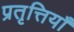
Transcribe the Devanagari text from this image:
प्रतृत्तियाँ